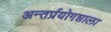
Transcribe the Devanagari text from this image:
अन्तर्प्रयोगशाला